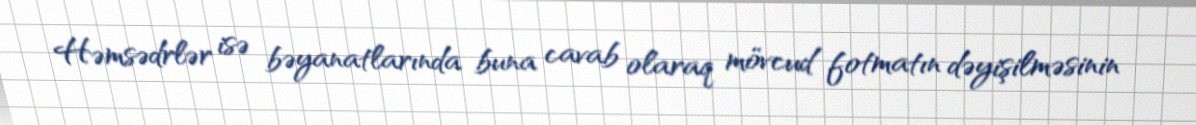
Həmsədrlər isə bəyanatlarında buna cavab olaraq mövcud fotmatın dəyişilməsinin